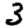
Digit: 3